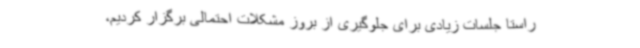
راستا جلسات زیادی برای جلوگیری از بروز مشکلات احتمالی برگزار کردیم،